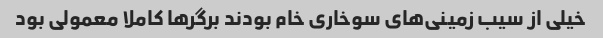
خیلی از سیب زمینی‌های سوخاری خام بودند برگرها کاملا معمولی بود